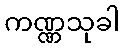
ကဏ္ဏသုခါ